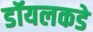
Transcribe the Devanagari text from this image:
डॉयलकडे